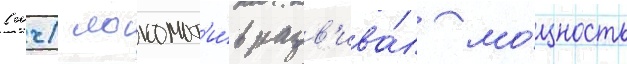
(мч) локомот'и́в разв'ива́л мо́щность